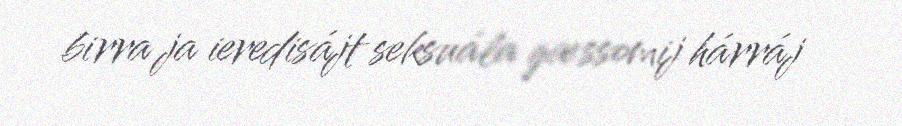
birra ja ieredisájt seksuála gæssomij hárráj